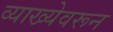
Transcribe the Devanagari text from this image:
व्याख्येवरून